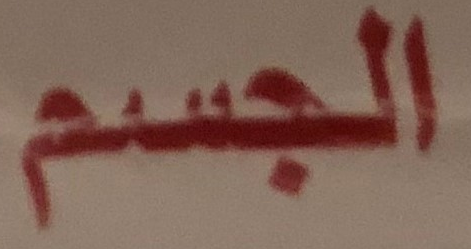
الجسم